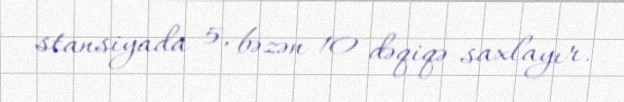
stansiyada 5, bəzən 10 dəqiqə saxlayır.